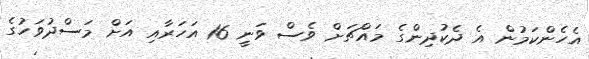
އެހެންކަމުން އެ ދެކުދިންގެ މައްޗަށް ވެސް ވަނީ 16 އަހަރާއި އަށް މަސްދުވަހުގެ